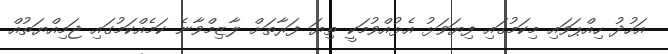
އަހުދު ހިއްޕަވައި މިކަމުގައި ފިޔަވަޅު އެޅުއްވުމަކީ ތިޔަ ފަރާތަށް ލާޒިމްވާނެ ކަމެއްކަމުގައި ޖަމިއްޔަތުއް